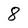
Character: 8